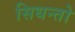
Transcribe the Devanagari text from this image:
सिधन्तो